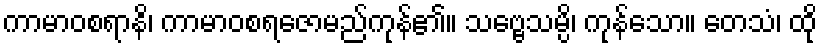
ကာမာဝစရာနိ၊ ကာမာဝစရဇောမည်ကုန်၏။ သဗ္ဗေသမ္ပိ၊ ကုန်သော။ တေသံ၊ ထို